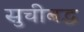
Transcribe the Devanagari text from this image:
सुचीबद्ध